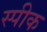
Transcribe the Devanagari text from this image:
स्‍पीक